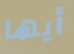
أيها